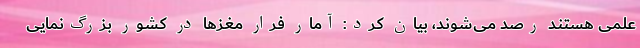
علمی هستند رصد می‌شوند، بیان کرد: آمار فرار مغزها در کشور بزرگ‌نمایی